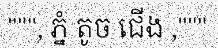
""", ភ្នំ តូច ជើង ,"""